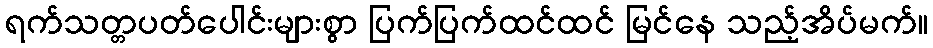
ရက်သတ္တပတ်ပေါင်းများစွာ ပြက်ပြက်ထင်ထင် မြင်နေ သည့်အိပ်မက်။